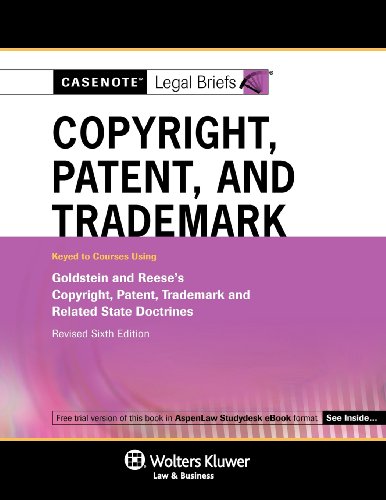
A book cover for Casenote Legal Briefs: Copyright Patent & Trademark Law Keyed to Goldstein & Reese Revised 6e; Casenotes; Law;